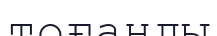
тоғанды